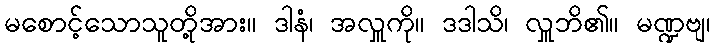
မစောင့်သောသူတို့အား။ ဒါနံ၊ အလှူကို။ ဒဒါသိ၊ လှူဘိ၏။ မဏ္ဍဗျ၊